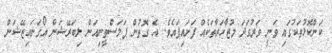
ކަންކޮޅުތަކުގައި ވަނީ ވަރުގަދަ މުޒާހަރާތަކެއް ފަށައިފައެވެ. އެ ގޮތުން ޕަލަސްޠީނިއަން ލިބަރޭޝަން އޯގަނައިޒޭޝަން